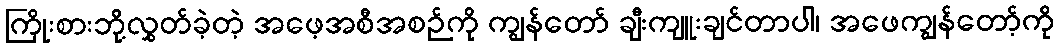
ကြိုးစားဘို့လွှတ်ခဲ့တဲ့ အဖေ့အစီအစဉ်ကို ကျွန်တော် ချီးကျူးချင်တာပါ၊ အဖေကျွန်တော့်ကို